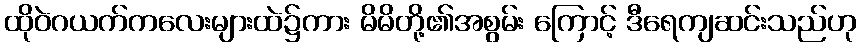
ထိုဝဲဂယက်ကလေးများထဲ၌ကား မိမိတို့၏အစွမ်း ကြောင့် ဒီရေကျဆင်းသည်ဟု